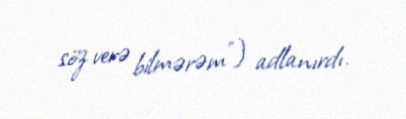
söz verə bilmərəm”) adlanırdı.